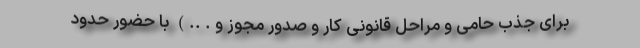
برای جذب حامی و مراحل قانونی کار و صدور مجوز و . ..) با حضور حدود